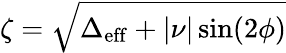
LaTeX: \zeta=\sqrt{\Delta_{\mathrm{eff}}+|\nu|\sin(2\phi)}